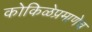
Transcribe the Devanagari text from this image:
कोकिळेप्रमाणेच